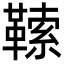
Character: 𩌈